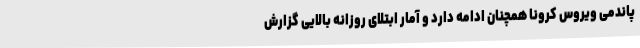
پاندمی ویروس کرونا همچنان ادامه دارد و آمار ابتلای روزانه بالایی گزارش